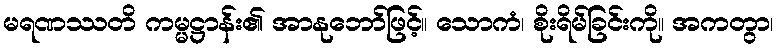
မရဏဿတိ ကမ္မဋ္ဌာန်း၏ အာနုဘော်ဖြင့်။ သောကံ၊ စိုးရိမ်ခြင်းကို။ အကတွာ၊